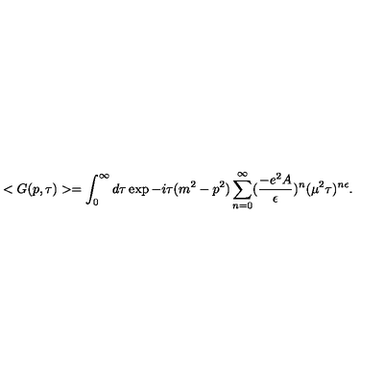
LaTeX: < G ( p , \tau ) > = \int _ { 0 } ^ { \infty } d \tau \exp { - i \tau ( m ^ { 2 } - p ^ { 2 } ) } \sum _ { n = 0 } ^ { \infty } ( \frac { - e ^ { 2 } A } { \epsilon } ) ^ { n } ( \mu ^ { 2 } \tau ) ^ { n \epsilon } .